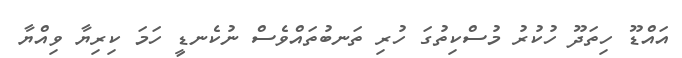
އައްޑޫ ހިތަދޫ ހުކުރު މުސްކިތުގަ ހުރި ތަނބުތައްވެސް ނުކެނޑީ ހަމަ ކިރިޔާ ވިއްޔާ